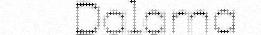
Dalarna